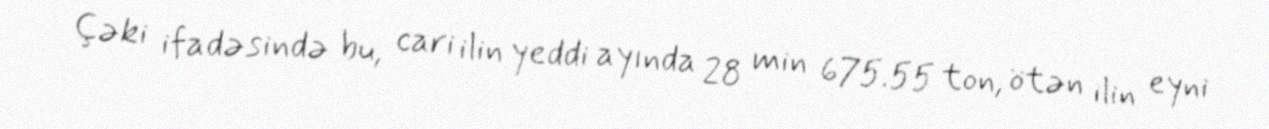
Çəki ifadəsində bu, cari ilin yeddi ayında 28 min 675.55 ton, ötən ilin eyni